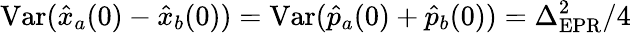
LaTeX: \mathrm{Var}(\hat{x}_{a}(0)-\hat{x}_{b}(0))=\mathrm{Var}(\hat{p}_{a}(0)+\hat{p}_{b}(0))=\Delta_{\mathrm{EPR}}^{2}/4